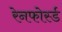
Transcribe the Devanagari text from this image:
रेनफोर्स्ड